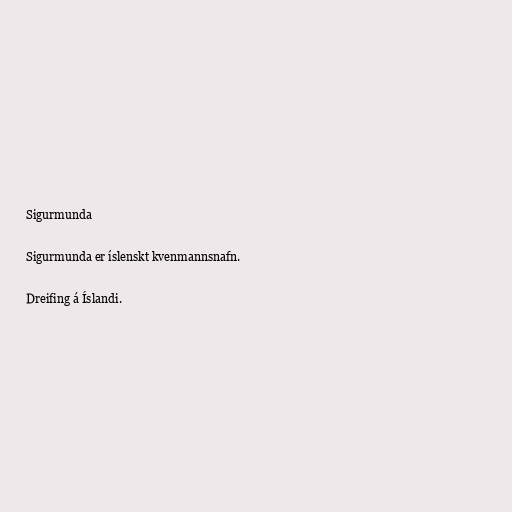
Sigurmunda

Sigurmunda er íslenskt kvenmannsnafn.

Dreifing á Íslandi.